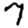
Digit: 7